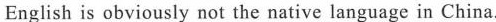
English is obviously not the native language in China.